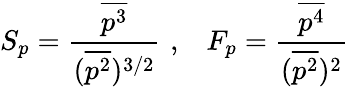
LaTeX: S_{p}=\frac{\overline{{p^{3}}}}{(\overline{{p^{2}}})^{3/2}}\, \, ,\, \, \, \, \, F_{p}=\frac{\overline{{p^{4}}}}{(\overline{{p^{2}}})^{2}}